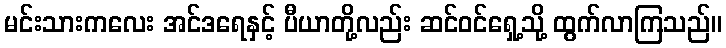
မင်းသားကလေး အင်ဒရေနှင့် ပီယာတို့လည်း ဆင်ဝင်ရှေ့သို့ ထွက်လာကြသည်။